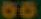
80